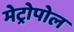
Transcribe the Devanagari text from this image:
मेट्रोपोल